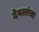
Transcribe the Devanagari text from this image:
देवलांचा